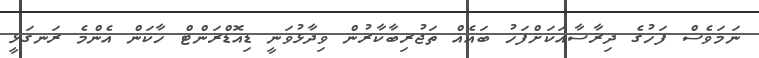
ނަމަވެސް ފަހުގެ ދިރާސާއަކަށްފަހު ބައެއް ތަޖުރިބާކާރުން ވިދާޅުވަނީ ޑިއޮޑްރަންޓް ހާކަން އެންމެ ރަނގަޅީ